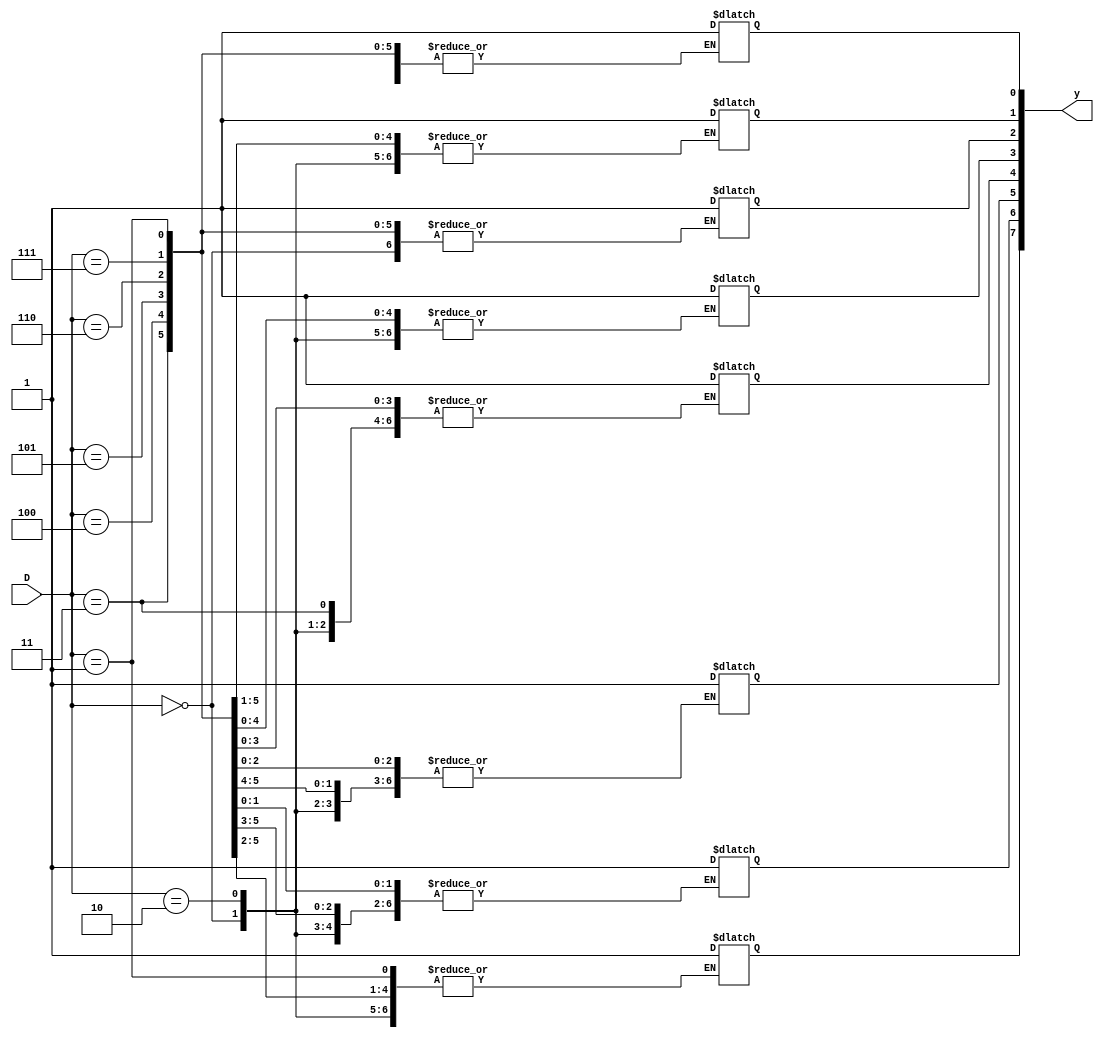
module  decoder3to8 ( 
input [2:0] D, 
output reg [7:0] y); 
always @(D) begin 
case(D) 
3'b000: y[0] = 1'b1; 
3'b001: y[1] = 1'b1; 
3'b010: y[2] = 1'b1; 
3'b011: y[3] = 1'b1; 
3'b100: y[4] = 1'b1; 
3'b101: y[5] = 1'b1; 
3'b110: y[6] = 1'b1; 
3'b111: y[7] = 1'b1; 
default: y = 0; 
endcase 
end 
endmodule